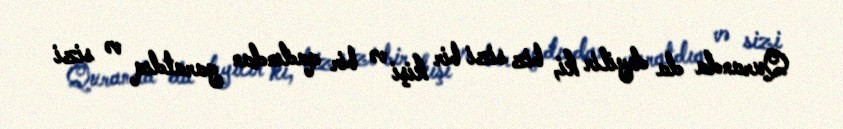
Quranda da deyilir ki, biz sizi bir kişi və bir qadından yaratdıq və sizi